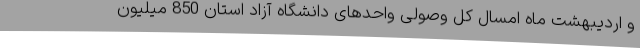
و اردیبهشت ماه امسال کل وصولی واحدهای دانشگاه آزاد استان 850 میلیون